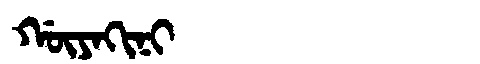
Manchu: ᡤᡡᠶᠠᡴᡳᠨᡳ
Romanization: GŪYAKINI